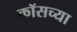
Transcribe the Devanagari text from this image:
क्रॉसच्या